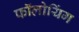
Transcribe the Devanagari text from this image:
फॉलोयिंग